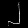
Digit: ၂